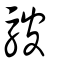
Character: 駊